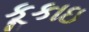
કૂકાઇ